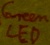
Text: Green LED